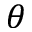
\boldsymbol { \theta }